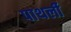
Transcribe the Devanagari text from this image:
पाथर्ली